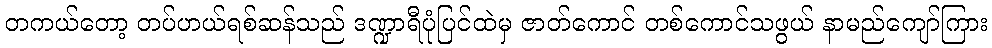
တကယ်တော့ တပ်ဟယ်ရစ်ဆန်သည် ဒဏ္ဍာရီပုံပြင်ထဲမှ ဇာတ်ကောင် တစ်ကောင်သဖွယ် နာမည်ကျော်ကြား